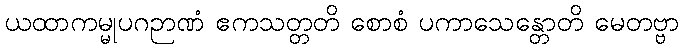
ယထာကမ္မုပဂဉာဏံ ဧကသတ္တတိ စောစံ ပကာသေန္တောတိ မေတဗ္ဗာ